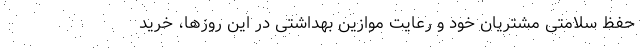
حفظ سلامتی مشتریان خود و رعایت موازین بهداشتی در این روزها، خرید